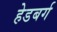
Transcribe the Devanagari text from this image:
हेडबर्ग